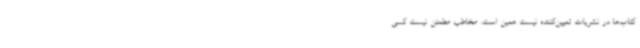
کتاب‌ها در نشریات تعیین‌کننده نیست همین است. مخاطب مطمئن نیست کسی